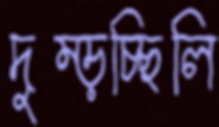
দুম্‌ড়চ্ছিলি